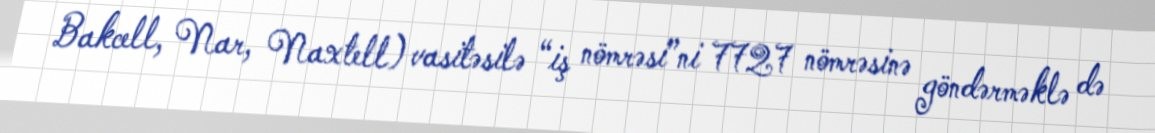
Bakcell, Nar, Naxtell) vasitəsilə “iş nömrəsi”ni 7727 nömrəsinə göndərməklə də